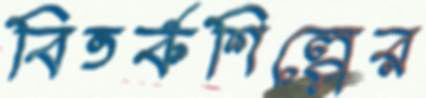
বিতর্কশিল্পের